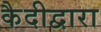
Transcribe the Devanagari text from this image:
कैदीद्वारा